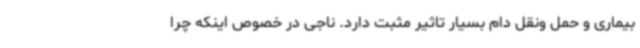
بیماری و حمل ونقل دام بسیار تاثیر مثبت دارد. ناجی در خصوص اینکه چرا